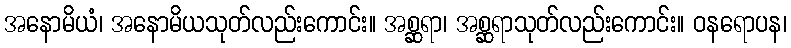
အနောမိယံ၊ အနောမိယသုတ်လည်းကောင်း။ အစ္ဆရာ၊ အစ္ဆရာသုတ်လည်းကောင်း။ ဝနရောပန၊